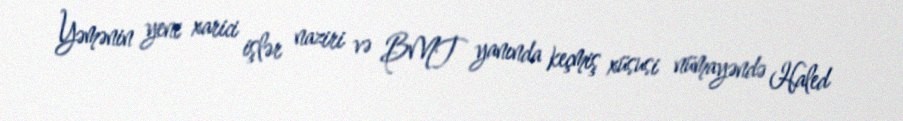
Yəmənin yeni xarici işlər naziri və BMT yanında keçmiş xüsusi nümayəndə Haled